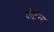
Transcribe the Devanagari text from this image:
पेटिन्ग